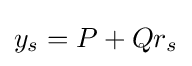
y_{s}=P+Qr_{s}